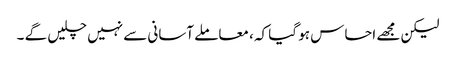
لیکن مجھے احساس ہو گیا کہ ، معاملے آسانی سے نہیں چلیں گے ۔